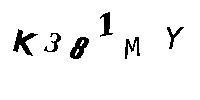
K381MY